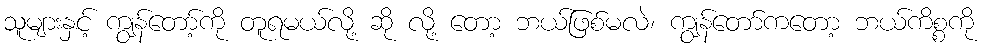
သူများနှင့် ကျွန်တော့်ကို တူရမယ်လို့ ဆို လို့ တော့ ဘယ်ဖြစ်မလဲ၊ ကျွန်တော်ကတော့ ဘယ်ကိစ္စကို